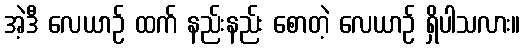
အဲ့ဒီ လေယာဉ် ထက် နည်းနည်း စောတဲ့ လေယာဉ် ရှိပါသလား။